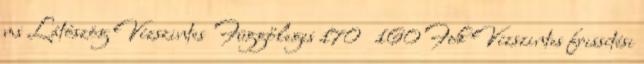
ms Látószög Vízszintes Függőleges 170 160 Fok Vízszintes frissítési